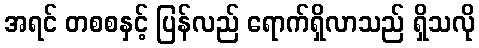
အရင် တစစနှင့် ပြန်လည် ရောက်ရှိလာသည် ရှိသလို